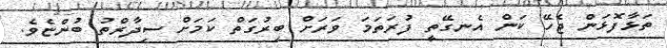
ތަޅާފޮޅަން ޖެހޭ ކަން އެނގޭތީ ފުރަތަމަ ވަރަށް ބިރުގަތް ކަމަށް ސިދާރްތު ބުންޏެވެ.